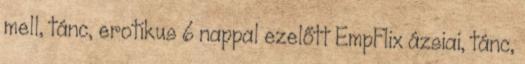
mell, tánc, erotikus 6 nappal ezelőtt EmpFlix ázsiai, tánc,